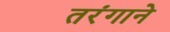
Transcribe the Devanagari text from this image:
तरंगाने